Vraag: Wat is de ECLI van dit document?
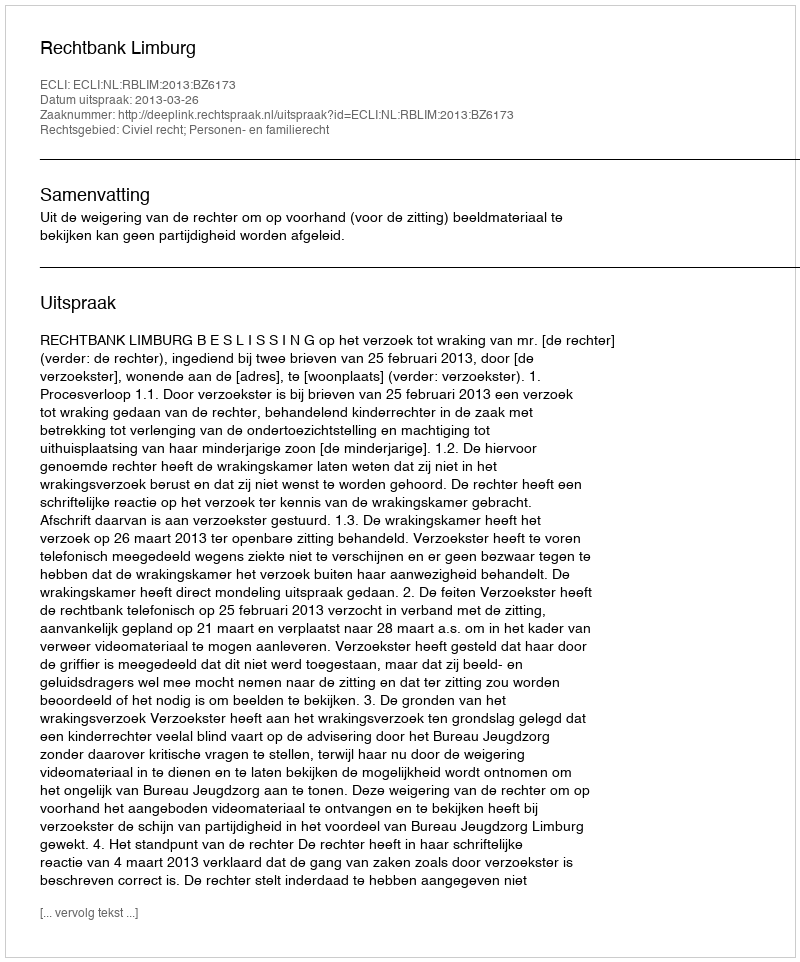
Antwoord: ECLI:NL:RBLIM:2013:BZ6173